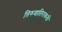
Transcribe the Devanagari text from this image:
तिरुवातिराकली